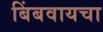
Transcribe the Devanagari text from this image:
बिंबवायचा